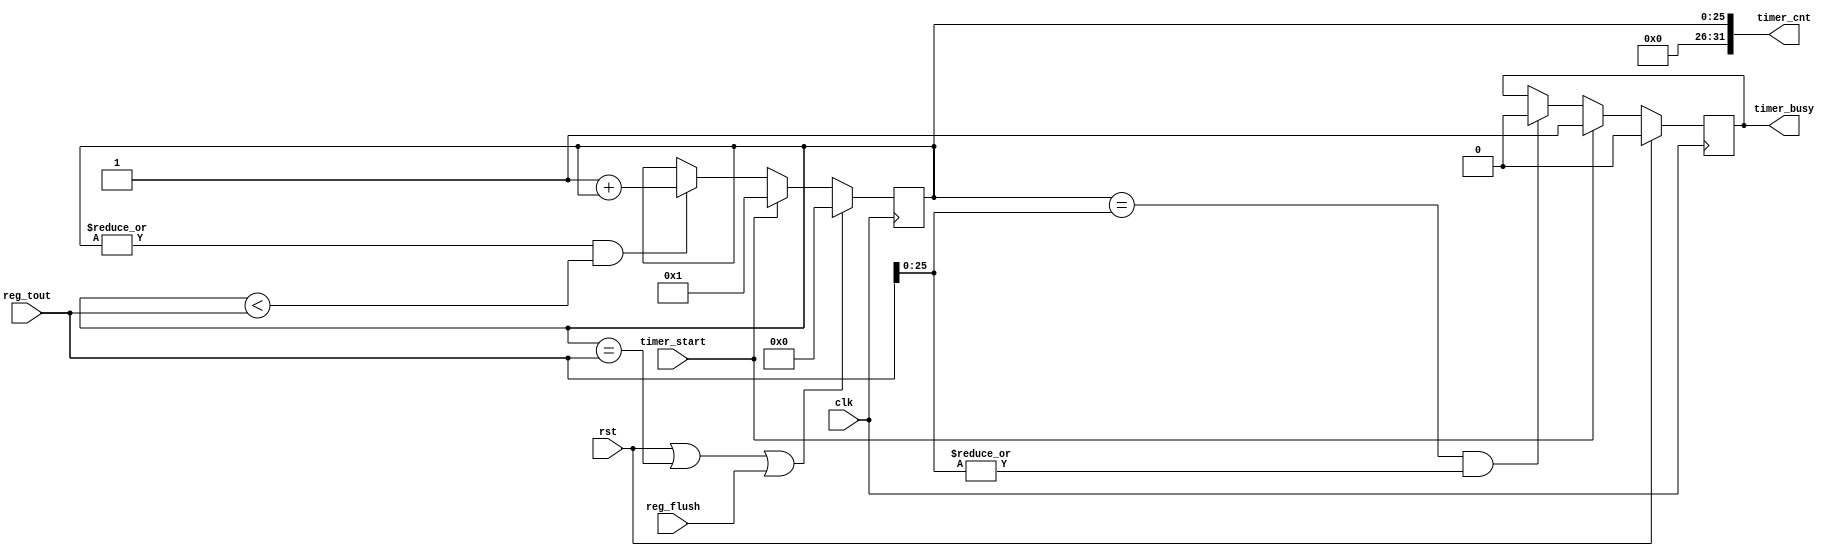
module tx_timer(
input             clk          ,
input             rst          ,
input             reg_flush    ,
input  [31:0]     reg_tout     ,
input             timer_start  ,
output reg        timer_busy   ,
output [31:0]     timer_cnt       
);

reg [25:0] timer ;

assign timer_cnt = {6'b0,timer} ;

always @ ( posedge clk ) begin
	if( rst || (timer == reg_tout) || reg_flush )
		timer <= 'b0 ;
	else if( timer_start )
		timer <= 'b1 ;
	else if( |timer && (timer < reg_tout))
		timer <= 'b1 + timer ;
end

always @ ( posedge clk ) begin
	if( rst )
		timer_busy <= 1'b0 ;
	else if( timer_start )
		timer_busy <= 1'b1 ;
	else if ( (timer == reg_tout[25:0]) && |reg_tout[25:0] )
		timer_busy <= 1'b0 ;
end
endmodule